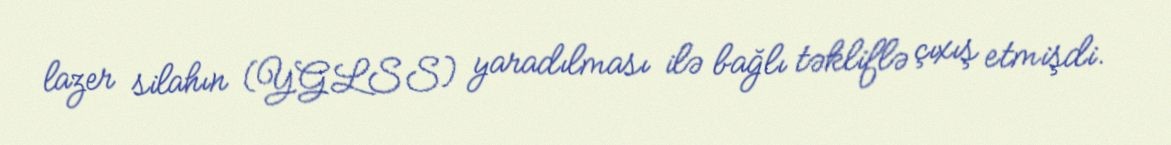
lazer silahın (YGLSS) yaradılması ilə bağlı təkliflə çıxış etmişdi.